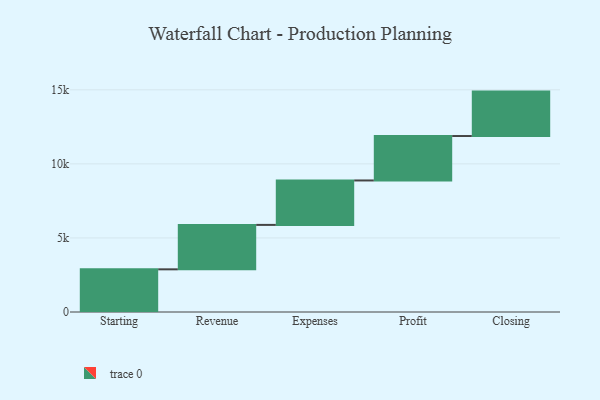
{"axis": {"x": "Step", "y": "Value"}, "legend": [""], "data": [{"x": "Starting", "y": 2881.0, "type": ""}, {"x": "Revenue", "y": 3000, "type": ""}, {"x": "Expenses", "y": 3000, "type": ""}, {"x": "Profit", "y": 3000, "type": ""}, {"x": "Closing", "y": 3000, "type": ""}]}